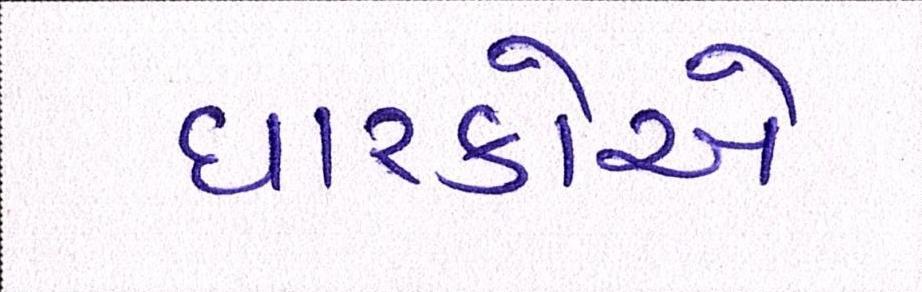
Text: ધારકોએ